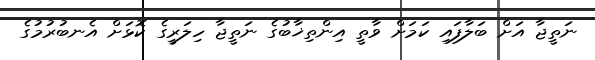
ނަތީޖާ އަށް ބަލާފައި ކަމަށް ވާތީ އިންތިޚާބުގެ ނަތީޖާ ހިލަރީގެ ކޮޅަށް އެނބުރުމުގެ